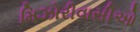
મિઝોરીવાસીઓ